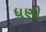
ધણી